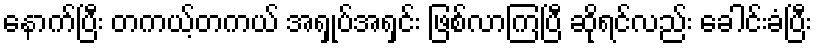
နောက်ပြီး တကယ့်တကယ် အရှုပ်အရှင်း ဖြစ်လာကြပြီ ဆိုရင်လည်း ခေါင်းခံပြီး